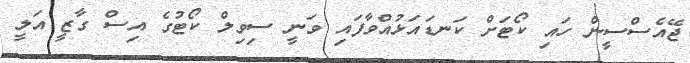
ޖޭއެސްސީން ހައި ކޯޓަށް ކަނޑައަޅުއްވާފައި ވަނީ ސިވިލް ކޯޓުގެ އިސް ގާޒީ އަލީ